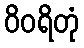
ဝိဝရိတုံ